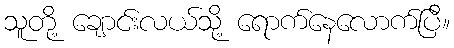
သူတို့ ချောင်းလယ်သို့ ရောက်နေလောက်ပြီ။